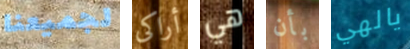
لجميعنا أراكى هي بأن يالهي